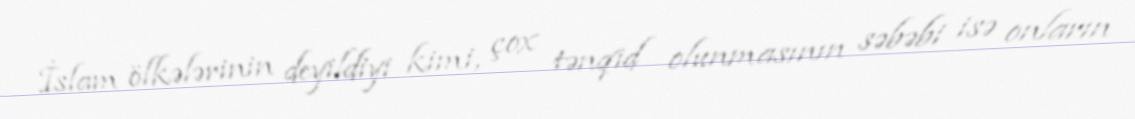
İslam ölkələrinin deyildiyi kimi, çox tənqid olunmasının səbəbi isə onların